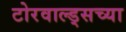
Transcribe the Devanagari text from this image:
टोरवाल्ड्सच्या